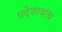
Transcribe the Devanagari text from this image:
प्रदेशावरच